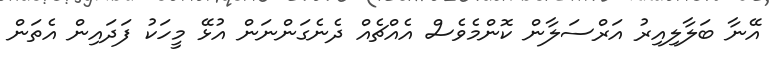
އޭނާ ބަލާލިއިރު އަރްސަލާން ކޮންމެވެސް އެއްޗެއް ދެނެގަންނަން އުޅޭ މީހަކު ފަދައިން އެތަން